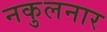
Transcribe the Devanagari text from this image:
नकुलनार